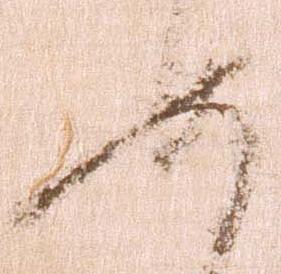
如